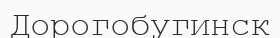
Дорогобугинск